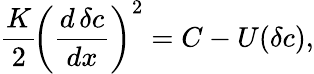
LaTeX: \begin{array}{l}{\displaystyle{\frac{K}{2}\! \left(\frac{d\, \delta c}{dx}\right)^{2}=C-U(\delta c),}}\end{array}